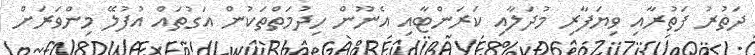
ދަތުރު ފަތުރާއި ވިޔަފާރި މުދަލާއި ކަރަންޓާއި އެނޫން ހިދުމަތްތަކުން އަގުތައް އުފުލޭ މިންވަރަށް